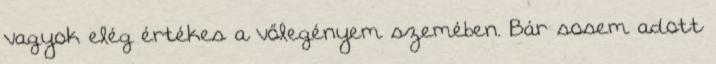
vagyok elég értékes a vőlegényem szemében. Bár sosem adott